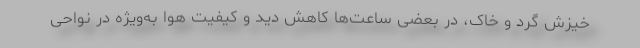
خیزش گرد و خاک، در بعضی ساعت‌ها کاهش دید و کیفیت هوا به‌ویژه در نواحی